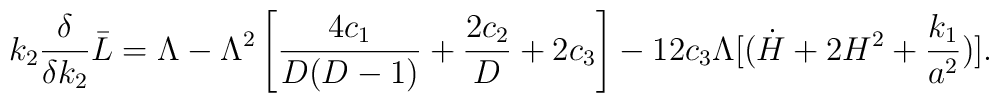
k_2 {\delta \over \delta k_2} \bar{L} = \Lambda -\Lambda^2 \left [{4c_1 \over D(D-1)} +{2c_2 \over D} +2c_3 \right ] -12c_3 \Lambda  [(\dot{H} +2H^2+{k_1 \over a^2}) ] .